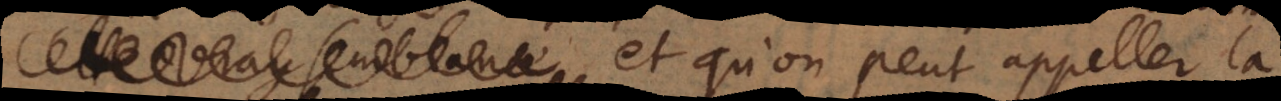
et qu’on peut appeller la